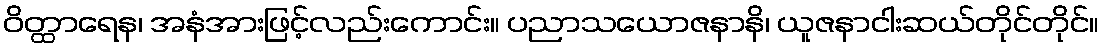
ဝိတ္ထာရေန၊ အနံအားဖြင့်လည်းကောင်း။ ပညာသယောဇနာနိ၊ ယူဇနာငါးဆယ်တိုင်တိုင်။